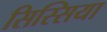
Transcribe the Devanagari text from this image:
सिस्सिया